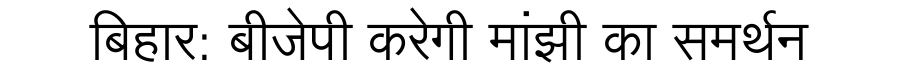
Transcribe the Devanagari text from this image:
बिहार: बीजेपी करेगी मांझी का समर्थन